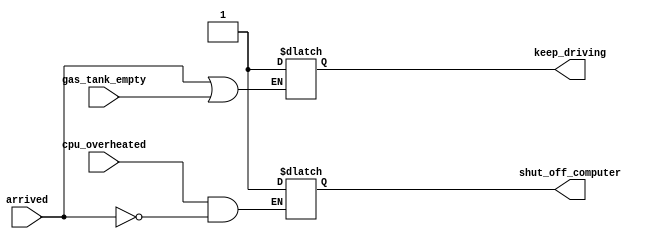
module top_module (
    input      cpu_overheated,
    output reg shut_off_computer,
    input      arrived,
    input      gas_tank_empty,
    output reg keep_driving  ); //

    // Fix the bug in teh following code
    
    always @(*) begin
        if (cpu_overheated && !arrived)
           shut_off_computer = 1;
    end

    always @(*) begin
        if (arrived || gas_tank_empty)
           keep_driving = 1;
    end

endmodule